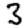
Digit: 3